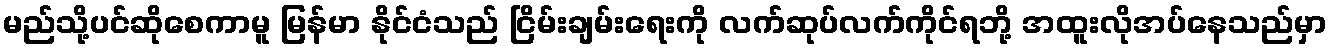
မည်သို့ပင်ဆိုစေကာမူ မြန်မာ နိုင်ငံသည် ငြိမ်းချမ်းရေးကို လက်ဆုပ်လက်ကိုင်ရဘို့ အထူးလိုအပ်နေသည်မှာ